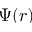
\Psi ( r )